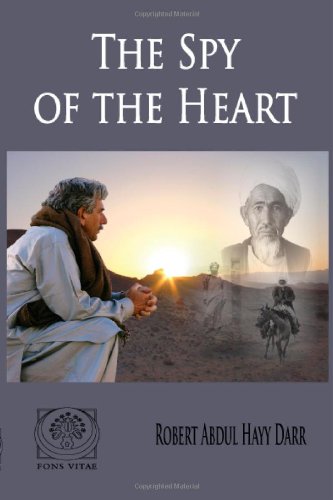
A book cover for The Spy of the Heart; Robert Abdul Hayy Darr; Travel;